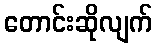
တောင်းဆိုလျက်